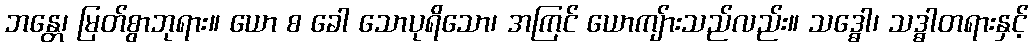
ဘန္တေ၊ မြတ်စွာဘုရား။ ယော စ ခေါ သောပုရိသော၊ အကြင် ယောကျ်ားသည်လည်း။ သဒ္ဓေါ၊ သဒ္ဓါတရားနှင့်